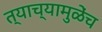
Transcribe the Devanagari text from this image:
त्याच्यामुळेंच